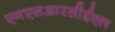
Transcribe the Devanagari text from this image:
एनएसआरसीईएल